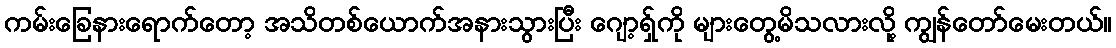
ကမ်းခြေနားရောက်တော့ အသိတစ်ယောက်အနားသွားပြီး ဂျော့ရှ်ကို များတွေ့မိသလားလို့ ကျွန်တော်မေးတယ်။